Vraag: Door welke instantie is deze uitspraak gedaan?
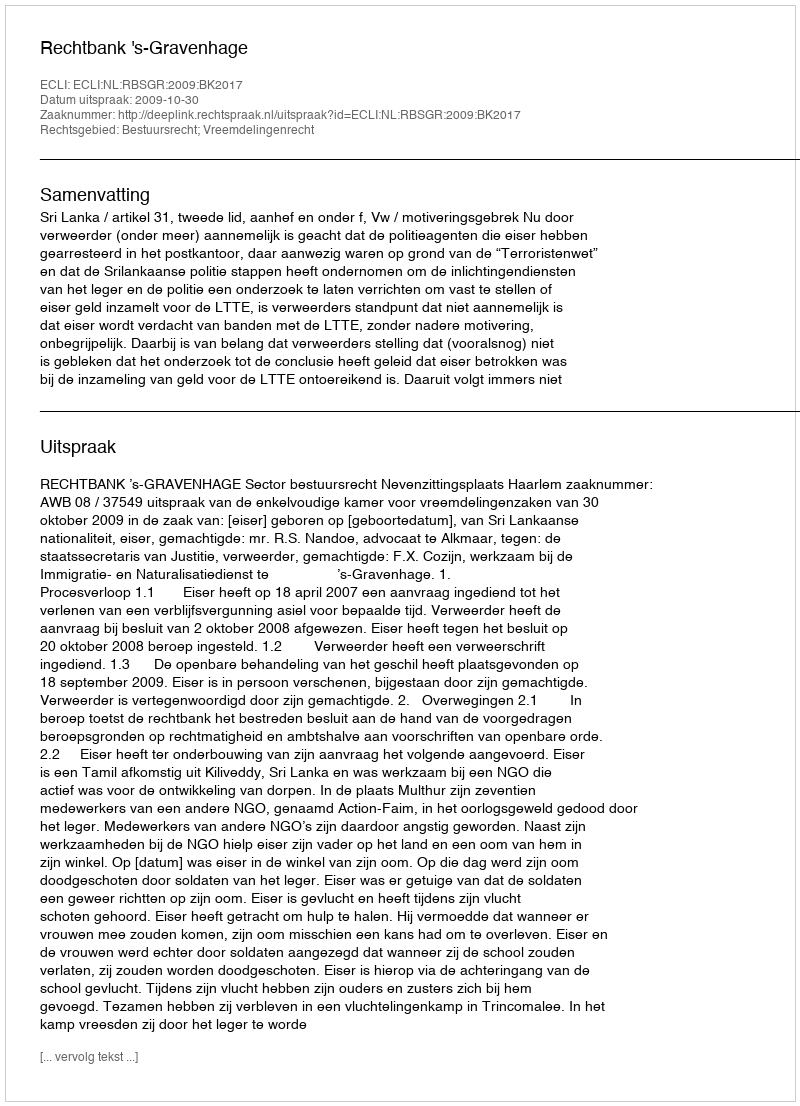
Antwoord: Rechtbank 's-Gravenhage